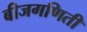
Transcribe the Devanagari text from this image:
बीजगणिती